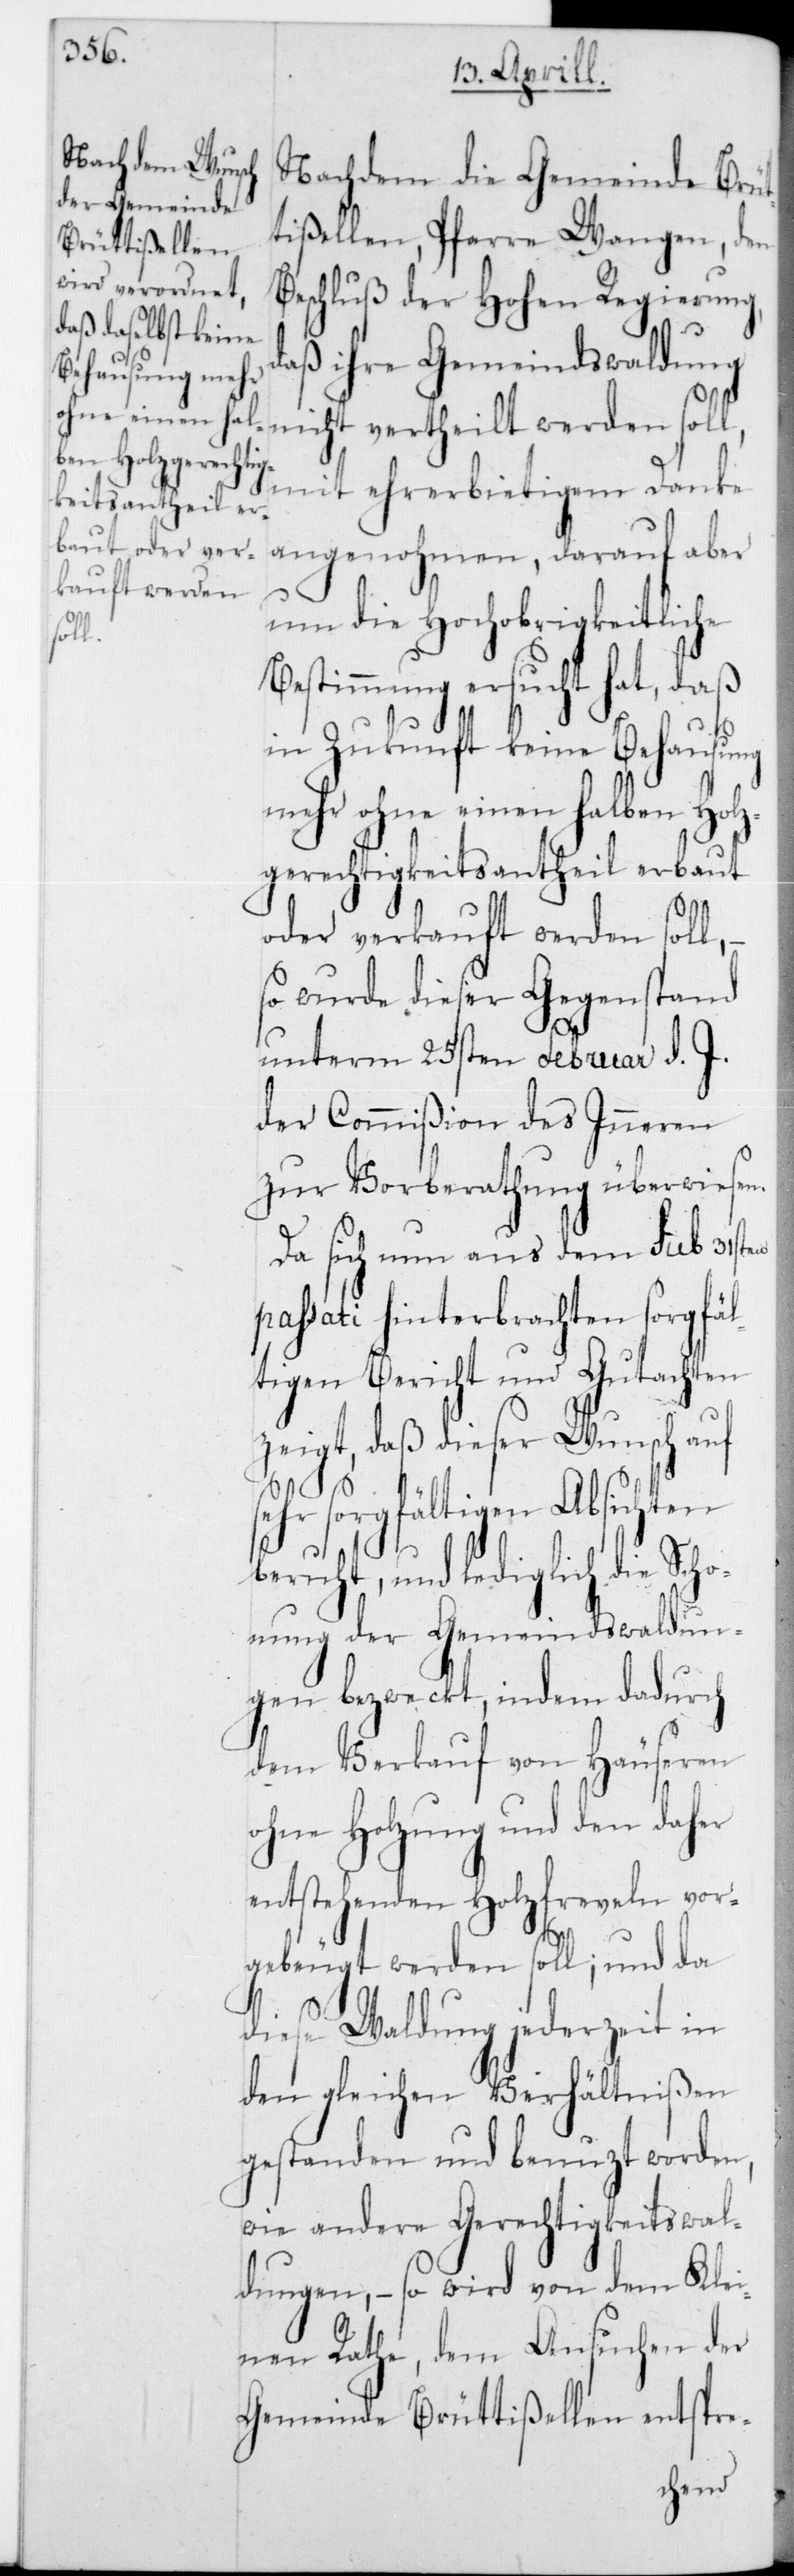
Be¬

Nachdem die Gemeinde Brüt¬
tißellen, Pfarre Wangen, den
schluß der Hohen Regierung,
daß ihre Gemeindswaldung
nicht vertheilt werden soll,
mit ehrerbietigem Danke
angenohmen, drauf aber
um die Hochobrigkeitliche
Bestimmung ersucht hat, daß
in Zukunft keine Behausung
mehr ohne einen halben Holz¬
gerechtigkeitsantheil erbaut
oder verkauft werden soll,
so wurde dieser Gegenstand
unterm 25sten Februar d. J.
der Commißion des Inneren
zur Vorberathung überwiesen.
Da sich nun aus dem sub 31sten
passati hinterbrachten sorgfäl¬
tigen Bericht und Gutachten
zeigt, daß dieser Wunsch auf
sorgfältigen Absichten
beruht, und lediglich die Scho¬
nung der Gemeindswaldun¬
gen bezweckt, indem dadurch
dem Verkauf von Häuseren
ohne Holzung und den daher
entstehenden Holzfreveln vor¬
gebeugt werden soll; und da
diese Waldung jederzeit in
den gleichen Verhältnißen
gestanden und benuzt worden,
wie andere Gerechtigkeitswal¬
dungen, – so wird von dem Klei¬
nen Rathe, dem Ansuchen der
Gemeinde Brüttißellen entspre-